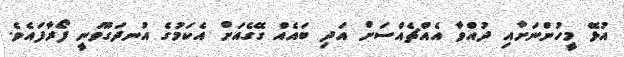
އުޅޭ މީހުންނަށާއި ދުއްވާ އެއްޗެއްސަށް އަދި ބައެއް ގޭގެއަށް އެކަމުގެ އުނދަގޫވަނީ ފޯރާފައެވެ.